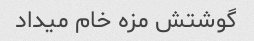
گوشتش مزه خام میداد